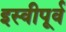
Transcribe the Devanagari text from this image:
इस्वीपूर्व